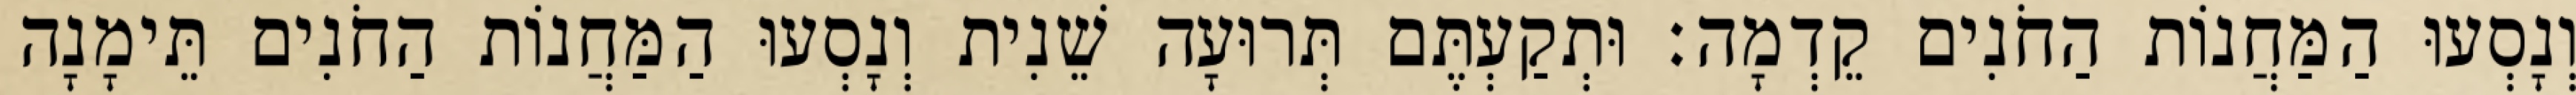
וְנָסְעוּ הַמַּחֲנוֹת הַחֹנִים קֵדְמָה׃ וּתְקַעְתֶּם תְּרוּעָה שֵׁנִית וְנָסְעוּ הַמַּחֲנוֹת הַחֹנִים תֵּימָנָה